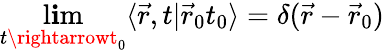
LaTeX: \operatorname*{l\mathbf{i}m}_{t\rightarrowt_{0}}\langle\vec{{r}},t\vert\vec{{r}}_{0}t_{0}\rangle=\delta(\vec{{r}}-\vec{{r}}_{0})